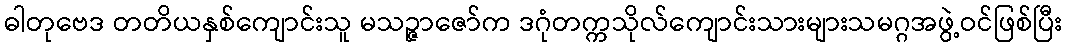
ဓါတုဗေဒ တတိယနှစ်ကျောင်းသူ မသဉ္ဇာဇော်က ဒဂုံတက္ကသိုလ်ကျောင်းသားများသမဂ္ဂအဖွဲ့ဝင်ဖြစ်ပြီး